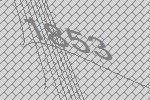
1853